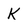
Character: K